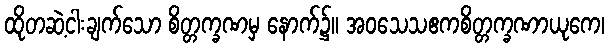
ထိုတဆဲ့ငါးချက်သော စိတ္တက္ခဏမှ နောက်၌။ အဝသေသဧကစိတ္တက္ခဏာယုကေ၊